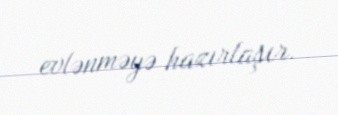
evlənməyə hazırlaşır.